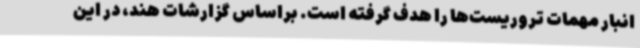
انبار مهمات تروریست‌ها را هدف گرفته است. براساس گزارشات هند، در این